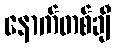
နောက်တစ်ချီ